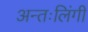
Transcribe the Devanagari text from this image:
अन्तःलिंगी